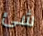
شئ